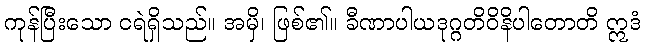
ကုန်ပြီးသော ငရဲရှိသည်။ အမှိ၊ ဖြစ်၏။ ခီဏာပါယဒုဂ္ဂတိဝိနိပါတောတိ ဣဒံ